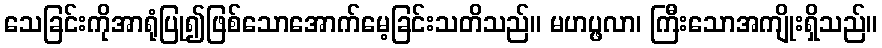
သေခြင်းကိုအာရုံပြု၍ဖြစ်သောအောက်မေ့ခြင်းသတိသည်။ မဟပ္ဖလာ၊ ကြီးသောအကျိုးရှိသည်။